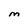
Character: M